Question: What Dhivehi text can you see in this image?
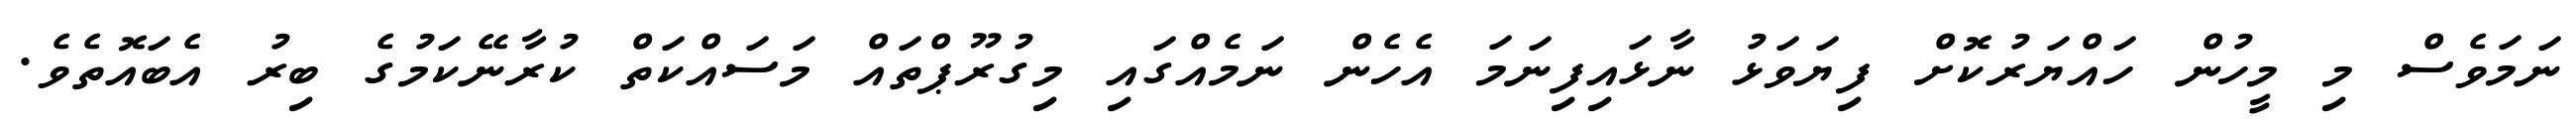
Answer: ނަމަވެސް މި މީހުން ހައްޔަރުކޮށް ފިޔަވަޅު ނާޅައިފިނަމަ އެހެން ނަމެއްގައި މިގުރޫޕްތައް މަސައްކަތް ކުރާނޭކަމުގެ ބިރު އެބައޮތެވެ.